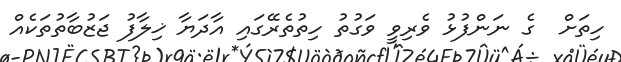
ހިތަށް  ގެ ނަންފުޅު ވެރިވީ ވަގުތު ހިތުތެރޭގައި އާދަޔާ ޚިލާފު ޖަޒުބާތުތަކެއް